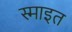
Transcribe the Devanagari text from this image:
स्माइत